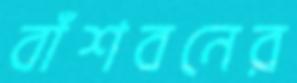
বাঁশবনের